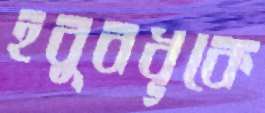
হবুবধূকে